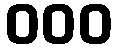
၀၀၀